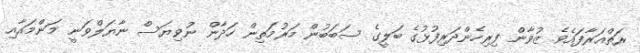
ރަތްއަރާފައެވެ. ޒުވާން ފިރިހެންދަރިފުޅުގެ ބަލީގެ ސަބަބުން މަރުމަތިން ހަދާން ނުވިޔަސް ނާޔަލްވަނީ މަންމައާއި